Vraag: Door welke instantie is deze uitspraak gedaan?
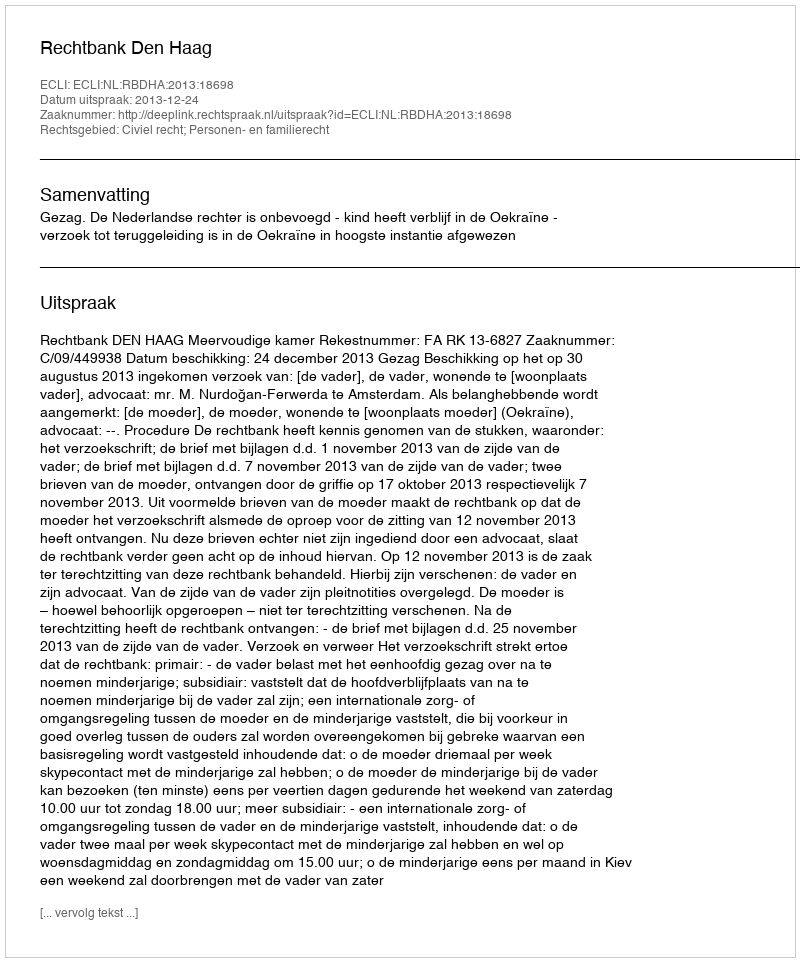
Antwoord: Rechtbank Den Haag